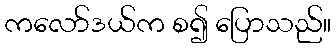
ကလော်ဒယ်က စ၍ ပြောသည်။